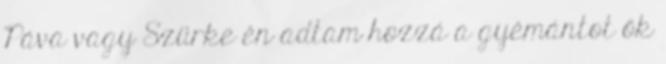
Páva vagy Szürke én adtam hozzá a gyémántot ők